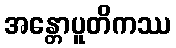
အန္တောပူတိကဿ